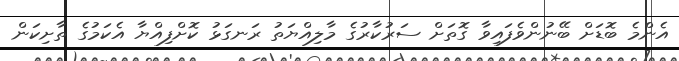
އެންމެ ބޮޑަށް ބޭނުންވެފައިވާ ގޮތަށް ސަރުކާރުގެ މާލިއްޔަތު ރަނގަޅު ކޮށްފިއްޔާ އެކަމުގެ ތާށިކަން